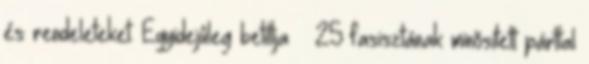
és rendeleteket. Egyidejûleg betiltja — 25 fasisztának minõsített párttal